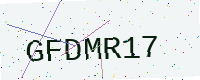
Text: GFDMR17